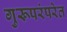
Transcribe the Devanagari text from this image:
गुरूपरंपरेत